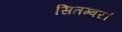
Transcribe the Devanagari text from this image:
सितम्बर।